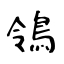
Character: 鴒